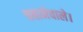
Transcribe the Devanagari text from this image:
चबानेवाले।